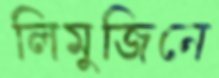
লিমুজিনে